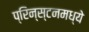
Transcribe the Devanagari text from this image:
प्रिन्स्टनमध्ये